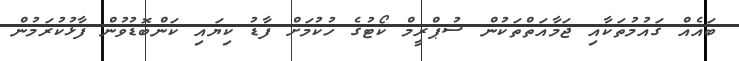
ބައެއް ގައުމުތަކާއި ޖަމާއަތްތަކުން ސުޕްރީމް ކޯޓުގެ ހުކުމަށް ފާޑު ކިޔައި ކަންބޮޑުވުން ފާޅުކުރަމުން